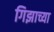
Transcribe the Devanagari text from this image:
गिझाच्या